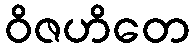
ဝိဇဟိတေ